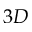
3 D